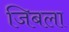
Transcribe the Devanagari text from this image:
जिबला